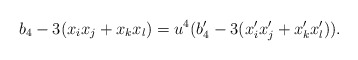
\begin{align*}b_4-3(x_ix_j+x_kx_l)=u^4(b_4'-3(x_i'x_j'+x_k'x_l')).\end{align*}